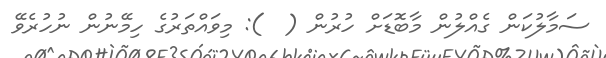
ސަމާލުކަން ގެއްލުން މާބޮޑަށް ހުރުން (  ): މިވައްތަރުގެ ހިމޭނުން ނުހުރެވޭ